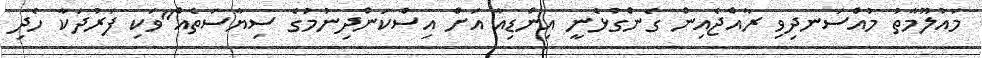
މައުލޫމާތު މުއްސަނދިވި ރާއްޖެއިން ގެންގުޅެނީ އިންޑިއާ އަށް އިސްކަންދިނުމުގެ ސިޔާސަތެއް"ވަކި ފަރުދަކާ ހެދި